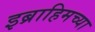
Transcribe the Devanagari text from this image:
इब्राहिमच्या